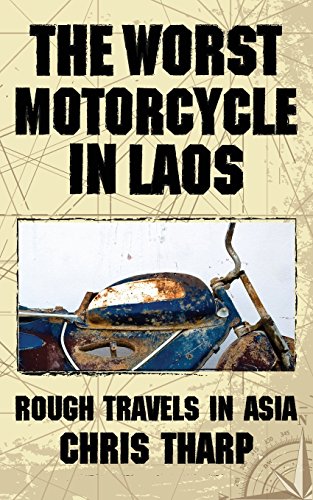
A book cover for The Worst Motorcycle in Laos: Rough Travels in Asia; Chris Tharp; Travel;